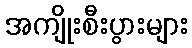
အကျိုးစီးပွားများ